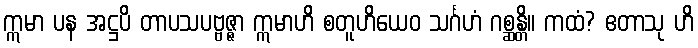
ဣမာ ပန အဋ္ဌပိ တာပသပဗ္ဗဇ္ဇာ ဣမာဟိ စတူဟိယေဝ သင်္ဂဟံ ဂစ္ဆန္တိ။ ကထံ? ဧတာသု ဟိ